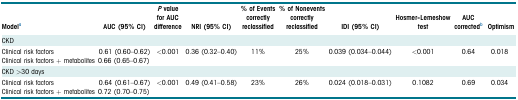
| Modela | AUC (95% CI) | P value for AUC difference | NRI (95% CI) | % of Events correctly reclassified | % of Nonevents correctly reclassified | IDI (95% CI) | Hosmer–Lemeshow test | AUC correctedb | Optimism |
 | --- | --- | --- | --- | --- | --- | --- | --- | --- | --- |
 | CKD |  |  |  |  |  |  |  |  |  |
 | Clinical risk factorsClinical risk factors + metabolites | 0.61 (0.60–0.62)0.66 (0.65–0.67) | <0.001 | 0.36 (0.32–0.40) | 11% | 25% | 0.039 (0.034–0.044) | <0.001 | 0.64 | 0.018 |
 | CKD >30 days |  |  |  |  |  |  |  |  |  |
 | Clinical risk factorsClinical risk factors + metabolites | 0.64 (0.61–0.67)0.72 (0.70–0.75) | <0.001 | 0.49 (0.41–0.58) | 23% | 26% | 0.024 (0.018–0.031) | 0.1082 | 0.69 | 0.034 |